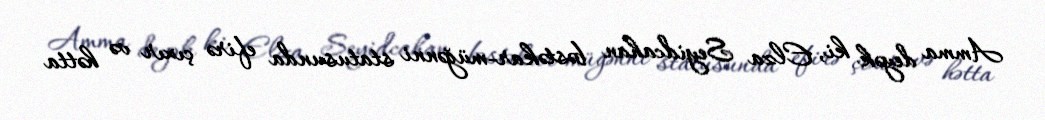
Amma deyək ki, Elza Seyidcahan bəstəkar-müğənni statusunda efirə çıxır və hətta